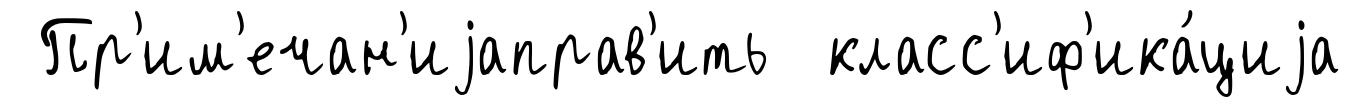
Пр'им'ечан'иjаправ'ить класс'иф'ика́циjа